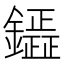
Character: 𮣟